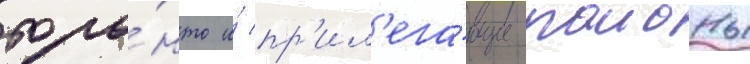
торо́нто и́ пр'ил'ега́ющие раионы